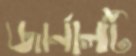
জার্নালটি